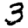
Digit: 3